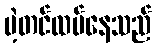
ပဲ့တင်ထပ်နေသည်